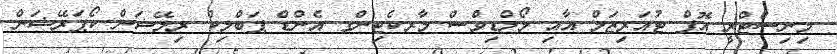
މިނިސްޓްރީ އޮފް ޓުއަރިޒަމް އާއި މޯލްޑިވްސް މާރކެޓިންގ އެންޑް ޕަބްލިކް ރިލޭޝަން ކޯޕަރޭޝަން